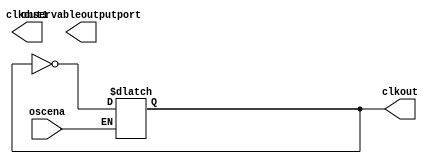
module  cycloneiiils_oscillator
    (
    oscena,
    clkout1,
    observableoutputport,
    clkout
    );
    parameter lpm_type = "cycloneiiils_oscillator";
    input oscena;
    output clkout1;
    output observableoutputport;
    output clkout;
// LOCAL_PARAMETERS_BEGIN
    parameter OSC_PW = 6250; // fixed 80HZ running clock
// LOCAL_PARAMETERS_END
    // INTERNAL wire
    reg int_osc; // internal oscillator
    specify
        (posedge oscena => (clkout +: 1'b1)) = (0, 0);
    endspecify
    initial
        int_osc = 1'b0;
    always @(int_osc or oscena)
    begin
        if (oscena == 1'b1)
            int_osc <= #OSC_PW ~int_osc;
    end
    and (clkout, int_osc, 1'b1);
endmodule